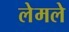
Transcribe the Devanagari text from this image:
लेमले